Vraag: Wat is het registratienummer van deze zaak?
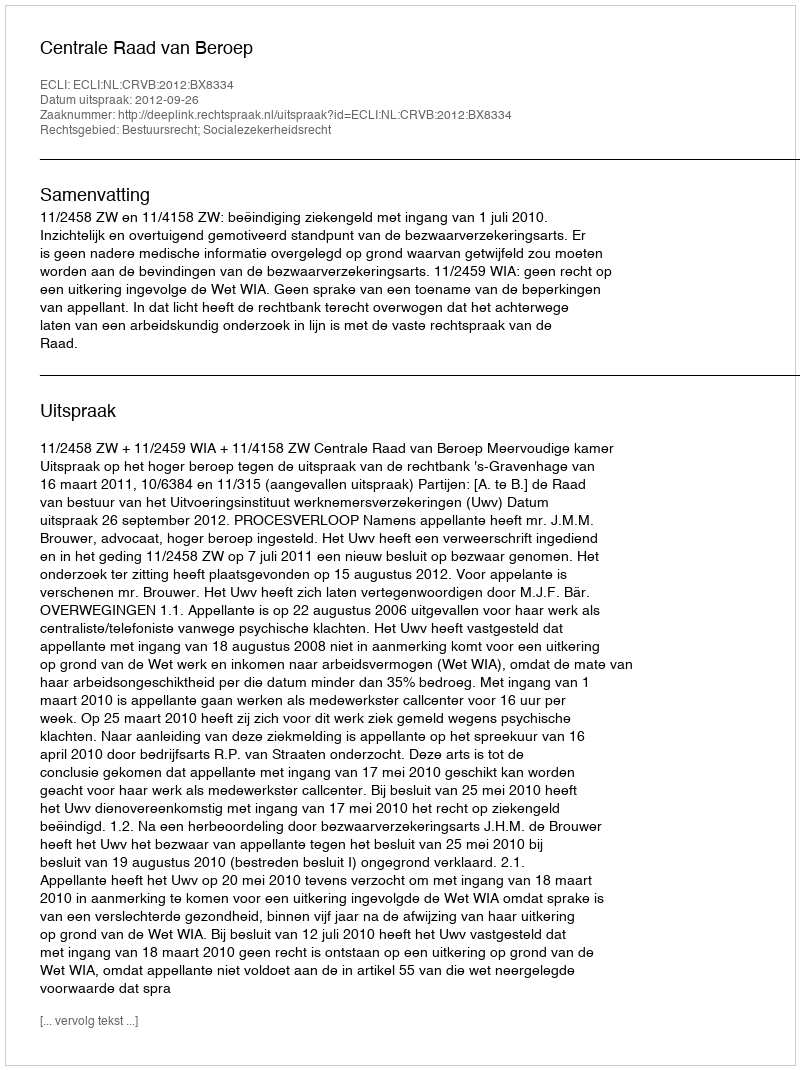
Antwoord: http://deeplink.rechtspraak.nl/uitspraak?id=ECLI:NL:CRVB:2012:BX8334